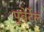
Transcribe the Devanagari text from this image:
पुबेर्टेल